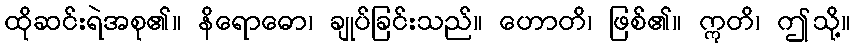
ထိုဆင်းရဲအစု၏။ နိရောဓော၊ ချုပ်ခြင်းသည်။ ဟောတိ၊ ဖြစ်၏။ ဣတိ၊ ဤသို့။